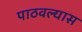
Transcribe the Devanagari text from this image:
पाठवल्‍यास